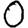
Digit: 0